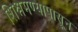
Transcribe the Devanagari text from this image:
शिश्नमण्यापासून